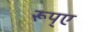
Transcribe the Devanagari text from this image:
रूप्ए